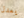
يعدل